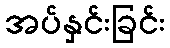
အပ်နှင်းခြင်း